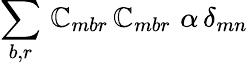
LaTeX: \sum_{b,r}\, \mathbb{C}_{mbr}\, \mathbb{C}_{mbr}\, \, \alpha\, \delta_{mn}